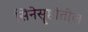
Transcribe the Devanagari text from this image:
सिनेसॄष्टीतील